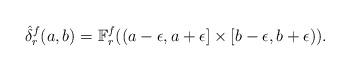
LaTeX: \begin{align*}\hat \delta^f_r(a,b)= \mathbb F^f_r((a-\epsilon, a+\epsilon]\times [b-\epsilon, b+\epsilon)).\end{align*}